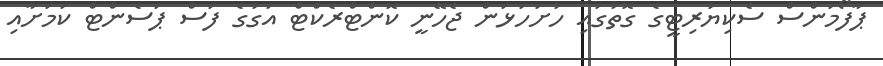
ޕާފޯމަންސް ސެކިޔުރިޓީގެ ގޮތުގައި ހުށަހަޅަން ޖެހޭނީ ކޮންޓްރެކްޓް އަގުގެ ފަސް ޕަސެންޓް ކަމަށާއި